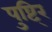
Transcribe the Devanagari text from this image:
पुष्टि्र